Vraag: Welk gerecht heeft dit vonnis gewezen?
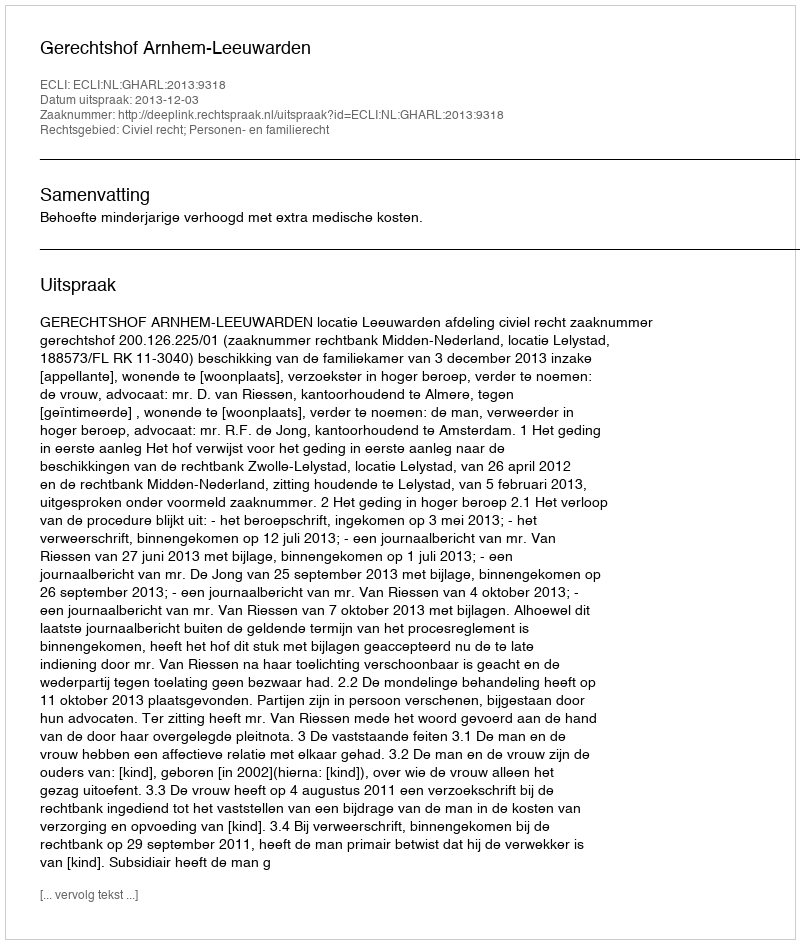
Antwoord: Gerechtshof Arnhem-Leeuwarden